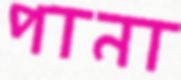
পানা